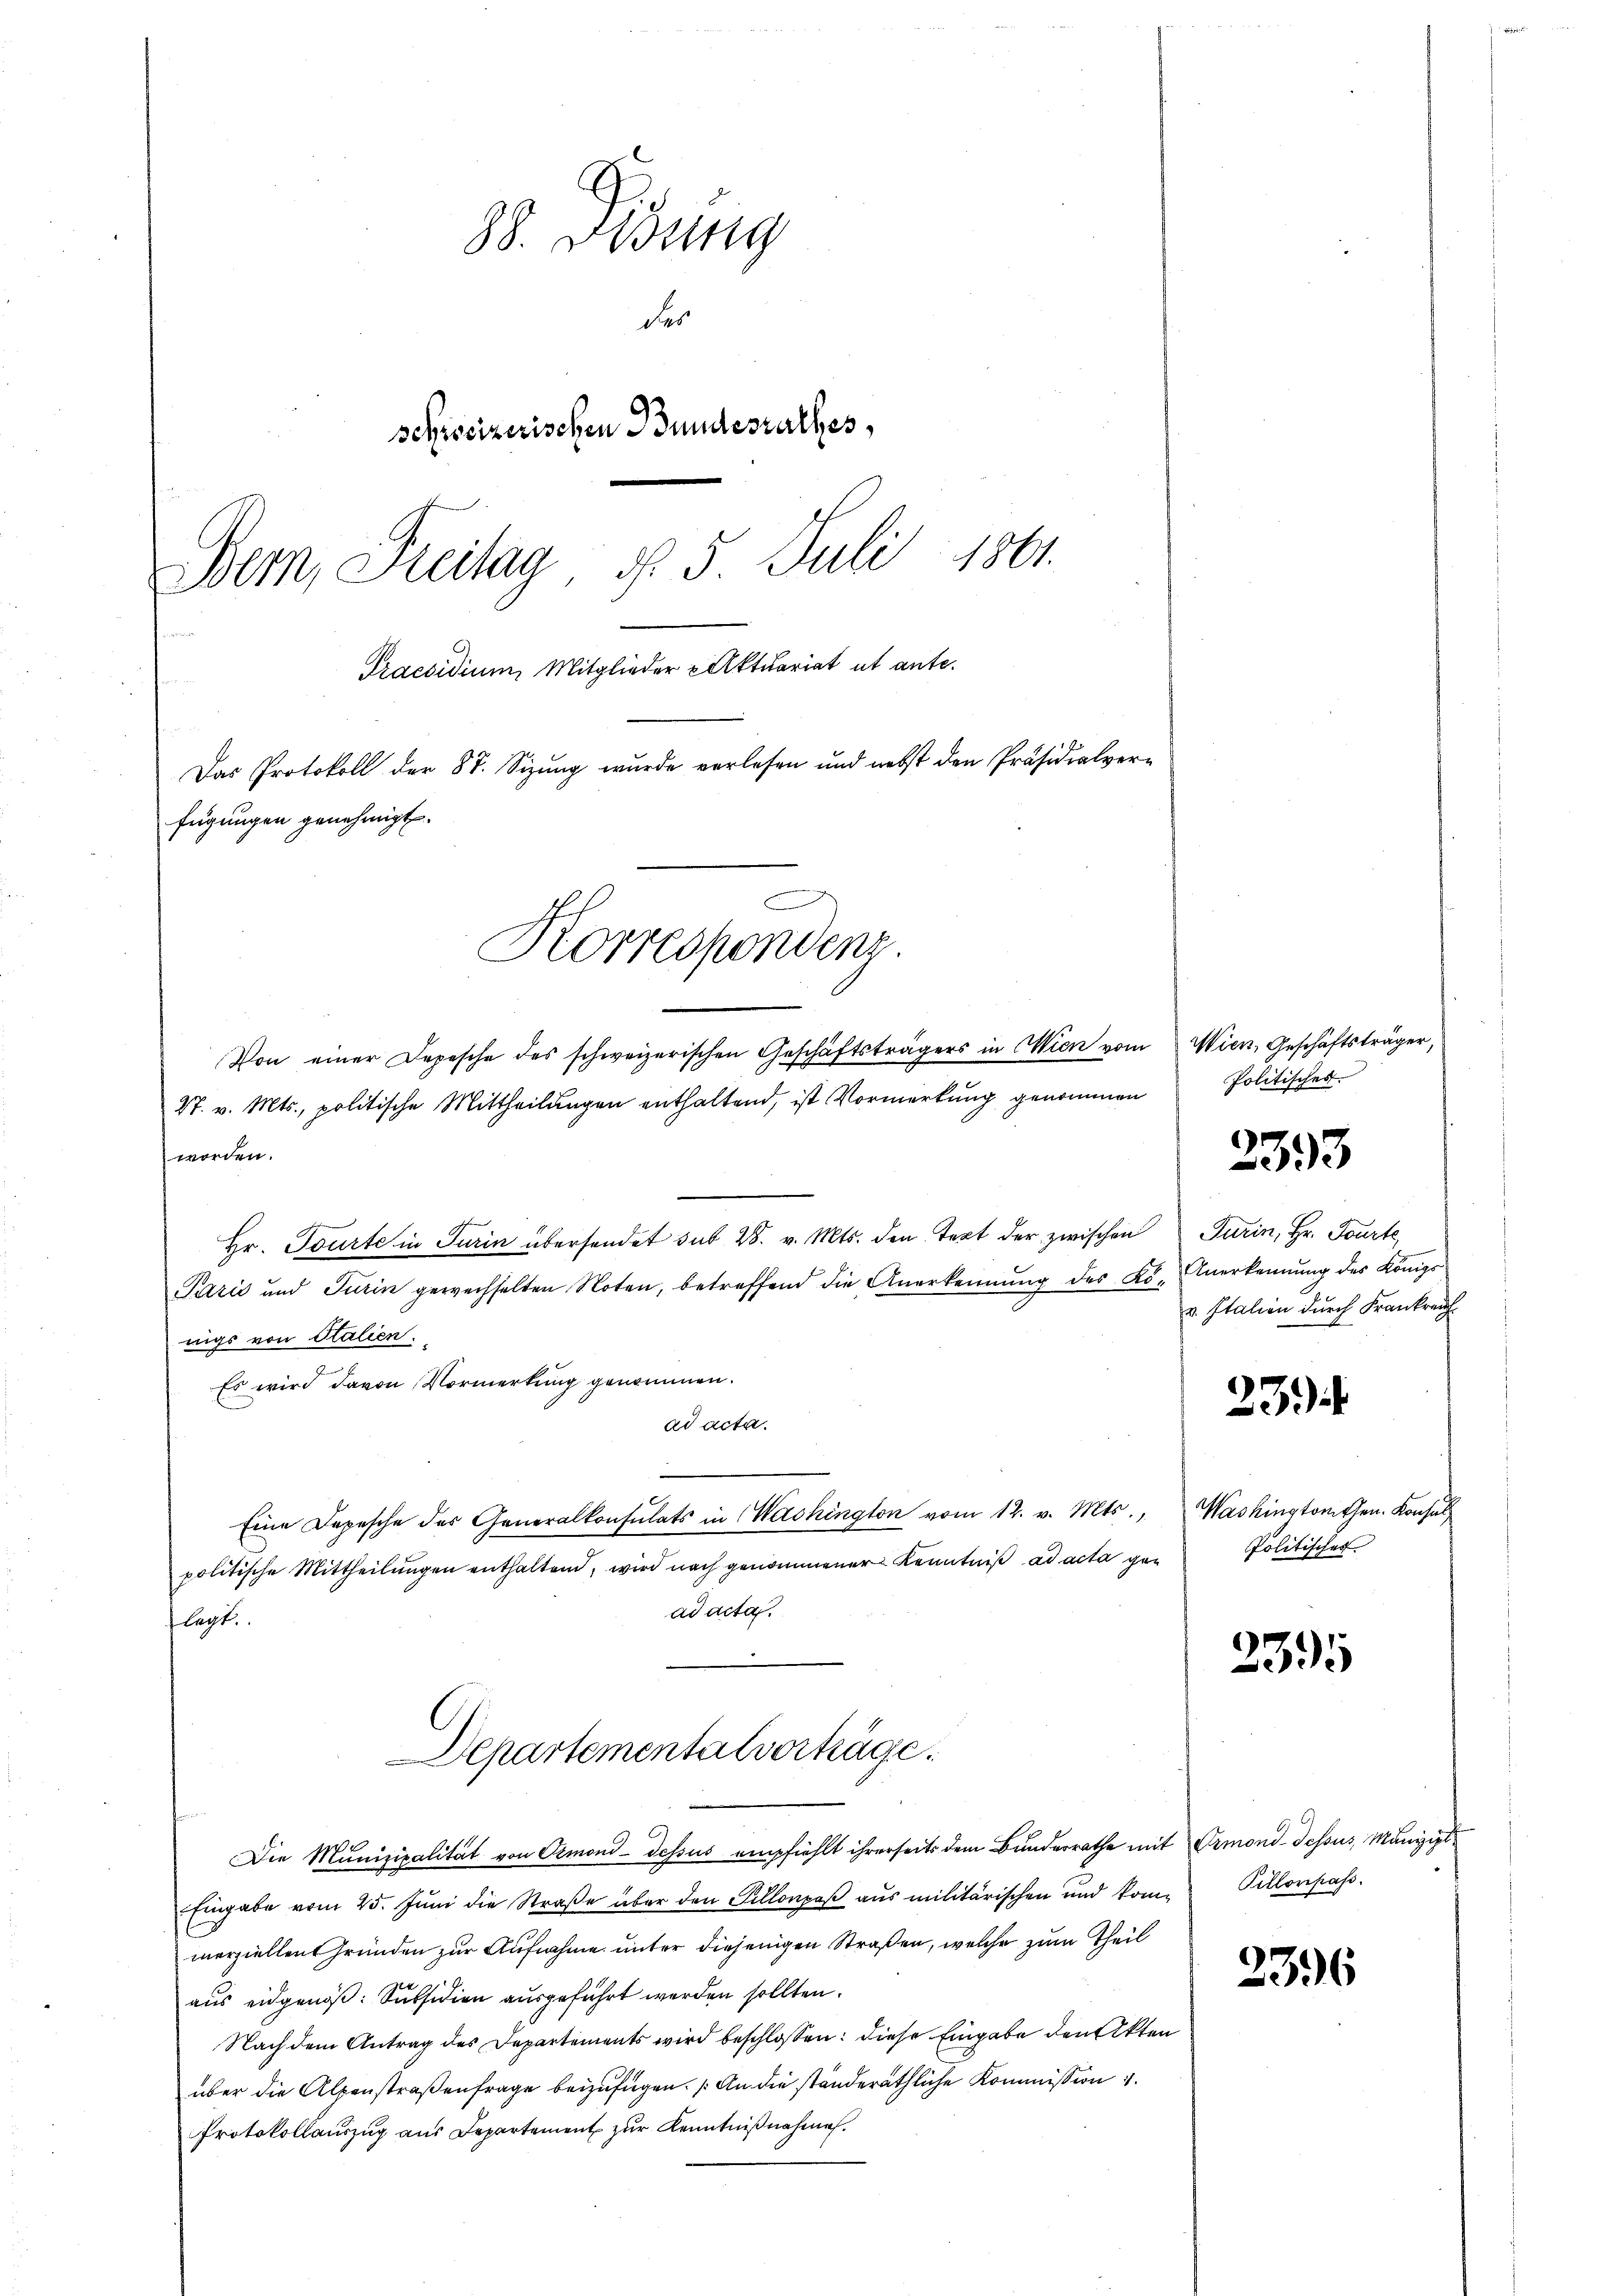
88. Disung
der
schreizerischen Bundesrathes,
Bem, Freitag, §. 5. Juli 1861.
Praesidium, Mitglieder Aktuariat ut ante.
Das Protokoll der 87. Sizung wurde verlesen und nebst den Präsidialverfügungen genehmigt.
Korrespondenz.

Von einer Depesche des schweizerischen Geschäftsträgers in Wien vom
27. v. Mts., politische Mittheilungen enthaltend, ist Vormerkung genommen
worden.
Hr. Tourte in Turin übersendet sub 28. v. Mts. den Text der zwischen
Paris und Turin gewechselten Noten, betreffend die Anerkennung des Ko- Anerkennung des Königl.
nigs von Stalien.
Es wird davon Vormerkung genommen.
ad acta.
Eine Depesche des Generalkonsulats in Wachington vom 12. v. Mts.,
politische Mittheilŭngen enthaltend, wird nach genommener Kenntniß ad acta gen
ad acta.
flegt.
Departementalverträge.
Die Munizipalität von Ormond-dessus empfiehlt ihrerseits dem Bunderrathe mit Ermond-dessus, Munizipl
Eingabe vom 25. Juni die Straße über den Sillorpaß aus militärischen und kom- Pillorpass.
merziellen Gründen zur Aufnahme unter diejenigen Straßen, welche zum Theil
aus eidgenöß: Subsidien ausgeführt werden sollten.
Nach dem Antrag des Departements wird beschlossen: diese Eingabe den Akten
über die Alpenstraßenfrage beizufügen. An die ständeräthliche Kommission
Protokollauszug aus Departement zur Kenntnißnahme.

Wien, Geschäftsträger,
Politisches.

2393

Turin, Hr. Fourte
v. Italien durch Frankreich

23).

Washingtomischen. Konsul
Politisches

2395

2396